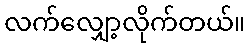
လက်လျှော့လိုက်တယ်။